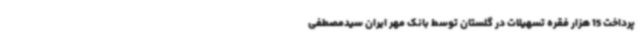
پرداخت 15 هزار فقره تسهیلات در گلستان توسط بانک مهر ایران سیدمصطفی